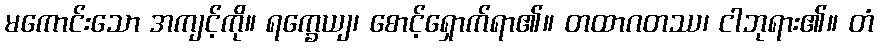
မကောင်းသော အကျင့်ကို။ ရက္ခေယျ၊ စောင့်ရှောက်ရာ၏။ တထာဂတဿ၊ ငါဘုရား၏။ တံ